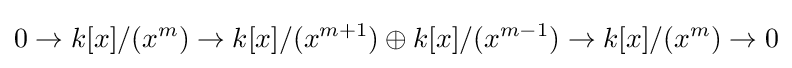
0\rightarrow k[x]/(x^{m})\rightarrow k[x]/(x^{m+1})\oplus k[x]/(x^{m-1})\rightarrow k[x]/(x^{m})\rightarrow 0